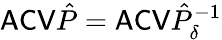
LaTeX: \mathsf{ACV}\hat{P}=\mathsf{ACV}\hat{P}_{\delta}^{-1}